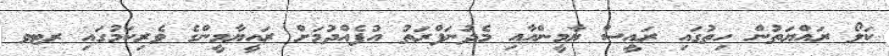
ކަލޯ ރައްޔަތުން ހިތުގައި ރައީސް ޔާމީންއާއި މެދުނަފްރަތު އުފެއްދުމަށް ރައީޔާމީންގެ ވެރިކަމުގައި ރޓވ